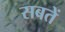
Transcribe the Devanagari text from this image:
सबतें